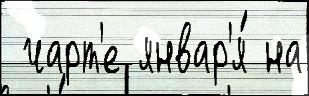
 чарт'е январ'я́ на